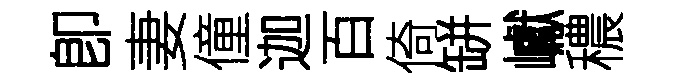
卽妻僮迦百倚缾巘穠